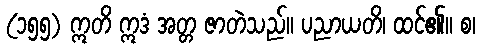
(၁၅၅) ဣတိ ဣဒံ အတ္တ ဇာတဲသည်။ ပညာယတိ၊ ထင်၏။ စ၊